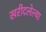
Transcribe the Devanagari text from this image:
खरीदलेल्या